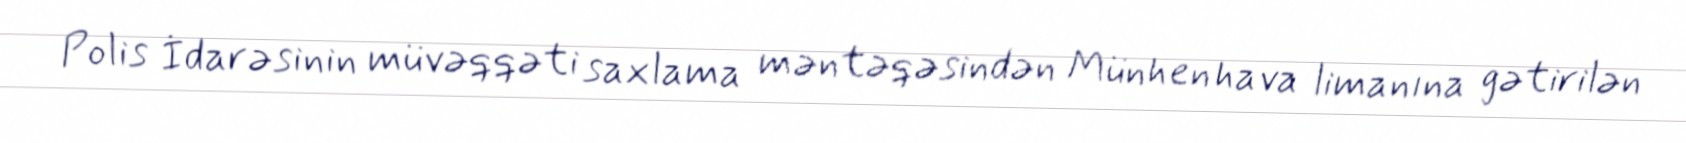
Polis İdarəsinin müvəqqəti saxlama məntəqəsindən Münhen hava limanına gətirilən